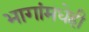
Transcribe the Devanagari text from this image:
भागांमधेही